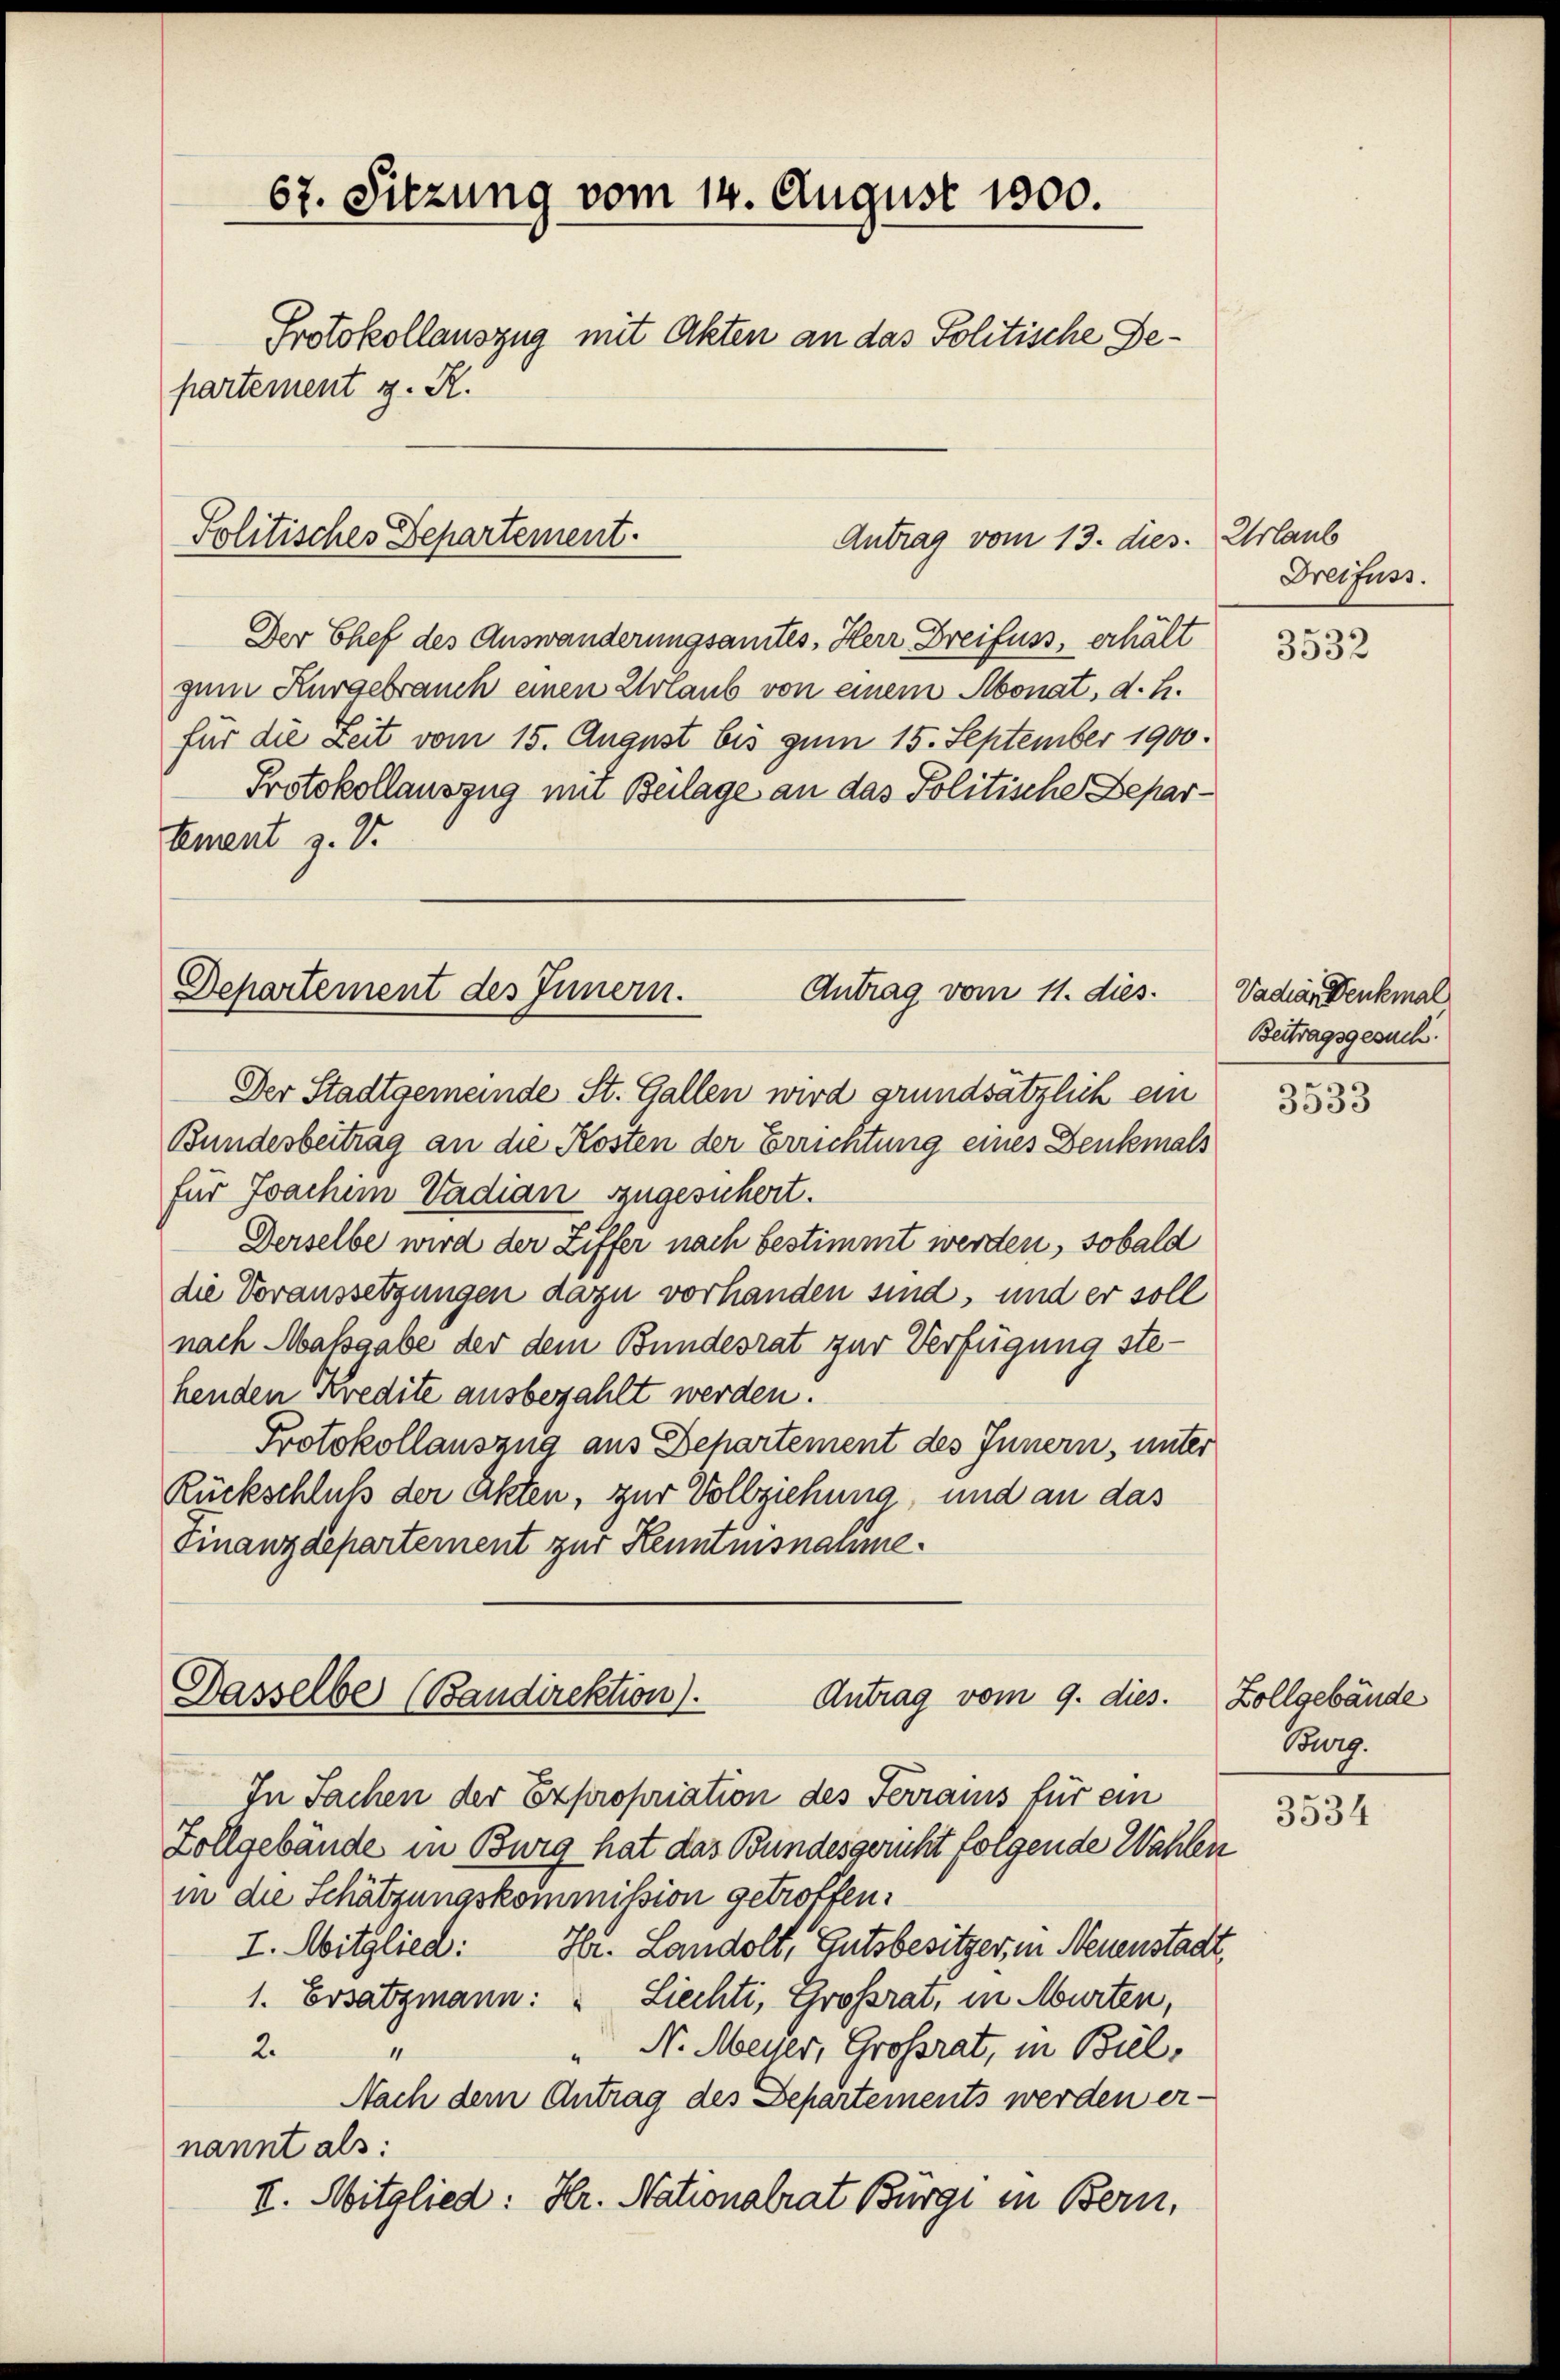
67. Sitzung vom 14. August 1800.
Protokollauszug mit Akten an das Politische Departement z. R.

Der Chef des Auswanderungsamtes, Herr Dreifuss, erhält
guen Kurgebrauch einen Urlaub von einem Monat, d. h.
für die Zeit vom 15. August bis zum 15. September 1900.
Protokollauszug mit Beilage an das Politische Departement z. V.
Der Stadtgemeinde St. Gallen wird grundsätzlich ein
Bundesbeitrag an die Kosten der Errichtung eines Denkmals
für Joachiin Vadianszugesuchert.
Derselbe wird der Ziffer nach bestimmt werden, sobald
die Voraussetzungen dazu vorhanden sind, und er soll
nach Massgabe der dem Bundesrat zur Verfügung stehenden Kredite ausbezahlt werden.
Protokollauszug aus Behartement des Innern, unter
Rückschluß der Akten, zur Vollziehung, und an das
Finanzdepartement zur Kenntnisnahme.

Politisches Departement.

Antrag vom 13. dies. Urlaub

Antrag vom 11. dies.
Departement des Innern.

Dasselbe (Bandirektion).
Antrag vom 9. dies.

In Sachen der Expropriation des Ferrains für ein
Zollgebäude in Burg hat das Bundesgericht folgende Wahlen
in die Schätzungskommission getroffen.
I. Mitglied: Hr. Landolt, Gutsbesitzer, in Neuenstadt,
1. Ersatzmann: " Liechti, Grossrat, in Murten,
2.
N. Meyer, Großrat, in Biel,
2
Nach dem Antrag des Departements werden er-
nannt als:
II. Mitglied: Hr. Nationalrat Bürgi in Bern,

Dreifuss.

3532

Vadar Denkmal
Beitragsgesuch.

3533

Zollgebäude
Burg.

3534